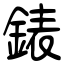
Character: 錶